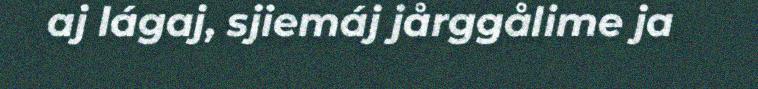
aj lágaj, sjiemáj jårggålime ja